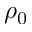
\rho _ { 0 }